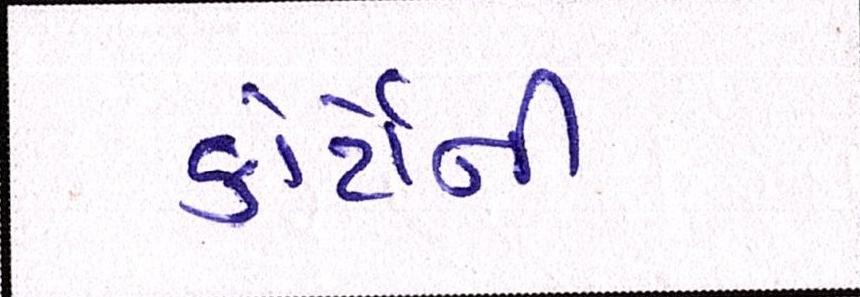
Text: કોર્ટોની